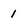
Character: 1